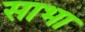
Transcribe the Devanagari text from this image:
साभा